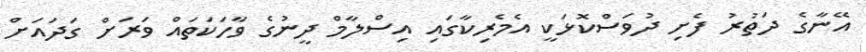
އޭނާގެ ދަތުރު ފެށި ދުވަސްކޮޅަކީ އެމެރިކާގައި އިސްލާމް ދީނުގެ ވާހަކަތައް ވަރަށް ގަދައަށް